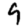
Digit: 9